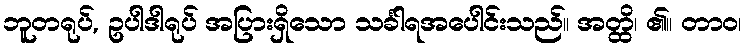
ဘူတရုပ်, ဥပါဒါရုပ် အပြားရှိသော သင်္ခါရအပေါင်းသည်။ အတ္ထိ၊ ၏။ တာဝ၊